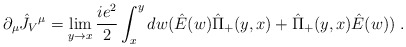
\begin{align*}\partial_{\mu}\hat J_V{}^{\mu}=\lim_{y\rightarrow x}{ie^2\over 2}\int_x^y dw(\hat E(w)\hat\Pi_+(y,x)+\hat\Pi_+(y,x)\hat E(w)) \;.\end{align*}